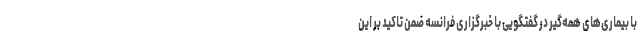
با بیماری‌های همه‌گیر در گفتگویی با خبرگزاری فرانسه ضمن تاکید بر این